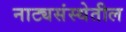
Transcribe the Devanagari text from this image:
नाट्यसंस्थेतील